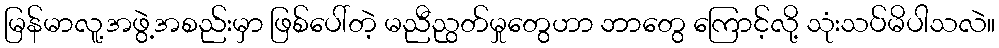
မြန်မာလူ့အဖွဲ့အစည်းမှာ ဖြစ်ပေါ်တဲ့ မညီညွတ်မှုတွေဟာ ဘာတွေ ကြောင့်လို့ သုံးသပ်မိပါသလဲ။